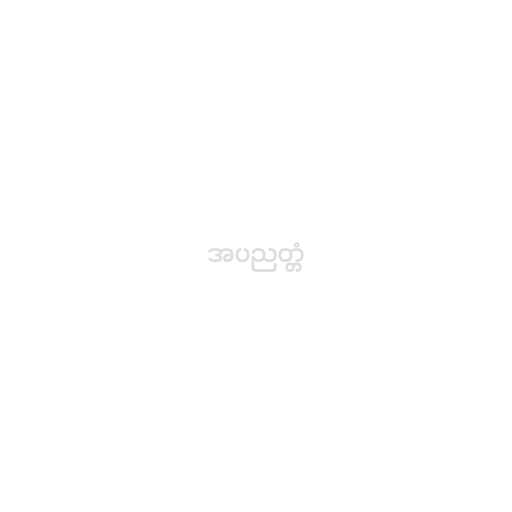
အပညတ္တံ